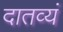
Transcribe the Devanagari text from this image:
दातव्यं